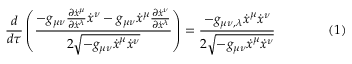
{ \frac { d } { d \tau } } \left( { \frac { - g _ { \mu \nu } { \frac { \partial { \dot { x } } ^ { \mu } } { \partial { \dot { x } } ^ { \lambda } } } { \dot { x } } ^ { \nu } - g _ { \mu \nu } { \dot { x } } ^ { \mu } { \frac { \partial { \dot { x } } ^ { \nu } } { \partial { \dot { x } } ^ { \lambda } } } } { 2 { \sqrt { - g _ { \mu \nu } { \dot { x } } ^ { \mu } { \dot { x } } ^ { \nu } } } } } \right) = { \frac { - g _ { \mu \nu , \lambda } { \dot { x } } ^ { \mu } { \dot { x } } ^ { \nu } } { 2 { \sqrt { - g _ { \mu \nu } { \dot { x } } ^ { \mu } { \dot { x } } ^ { \nu } } } } } \qquad \qquad ( 1 )